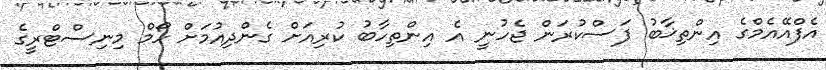
އެފްއޭއެމްގެ އިންތިޚާބު ފަސްކުރަން ޖެހުނީ އެ އިންތިހާބު ކުރިއަށް ގެންދިއުމަށް ހޯމް މިނިސްޓްރީގެ